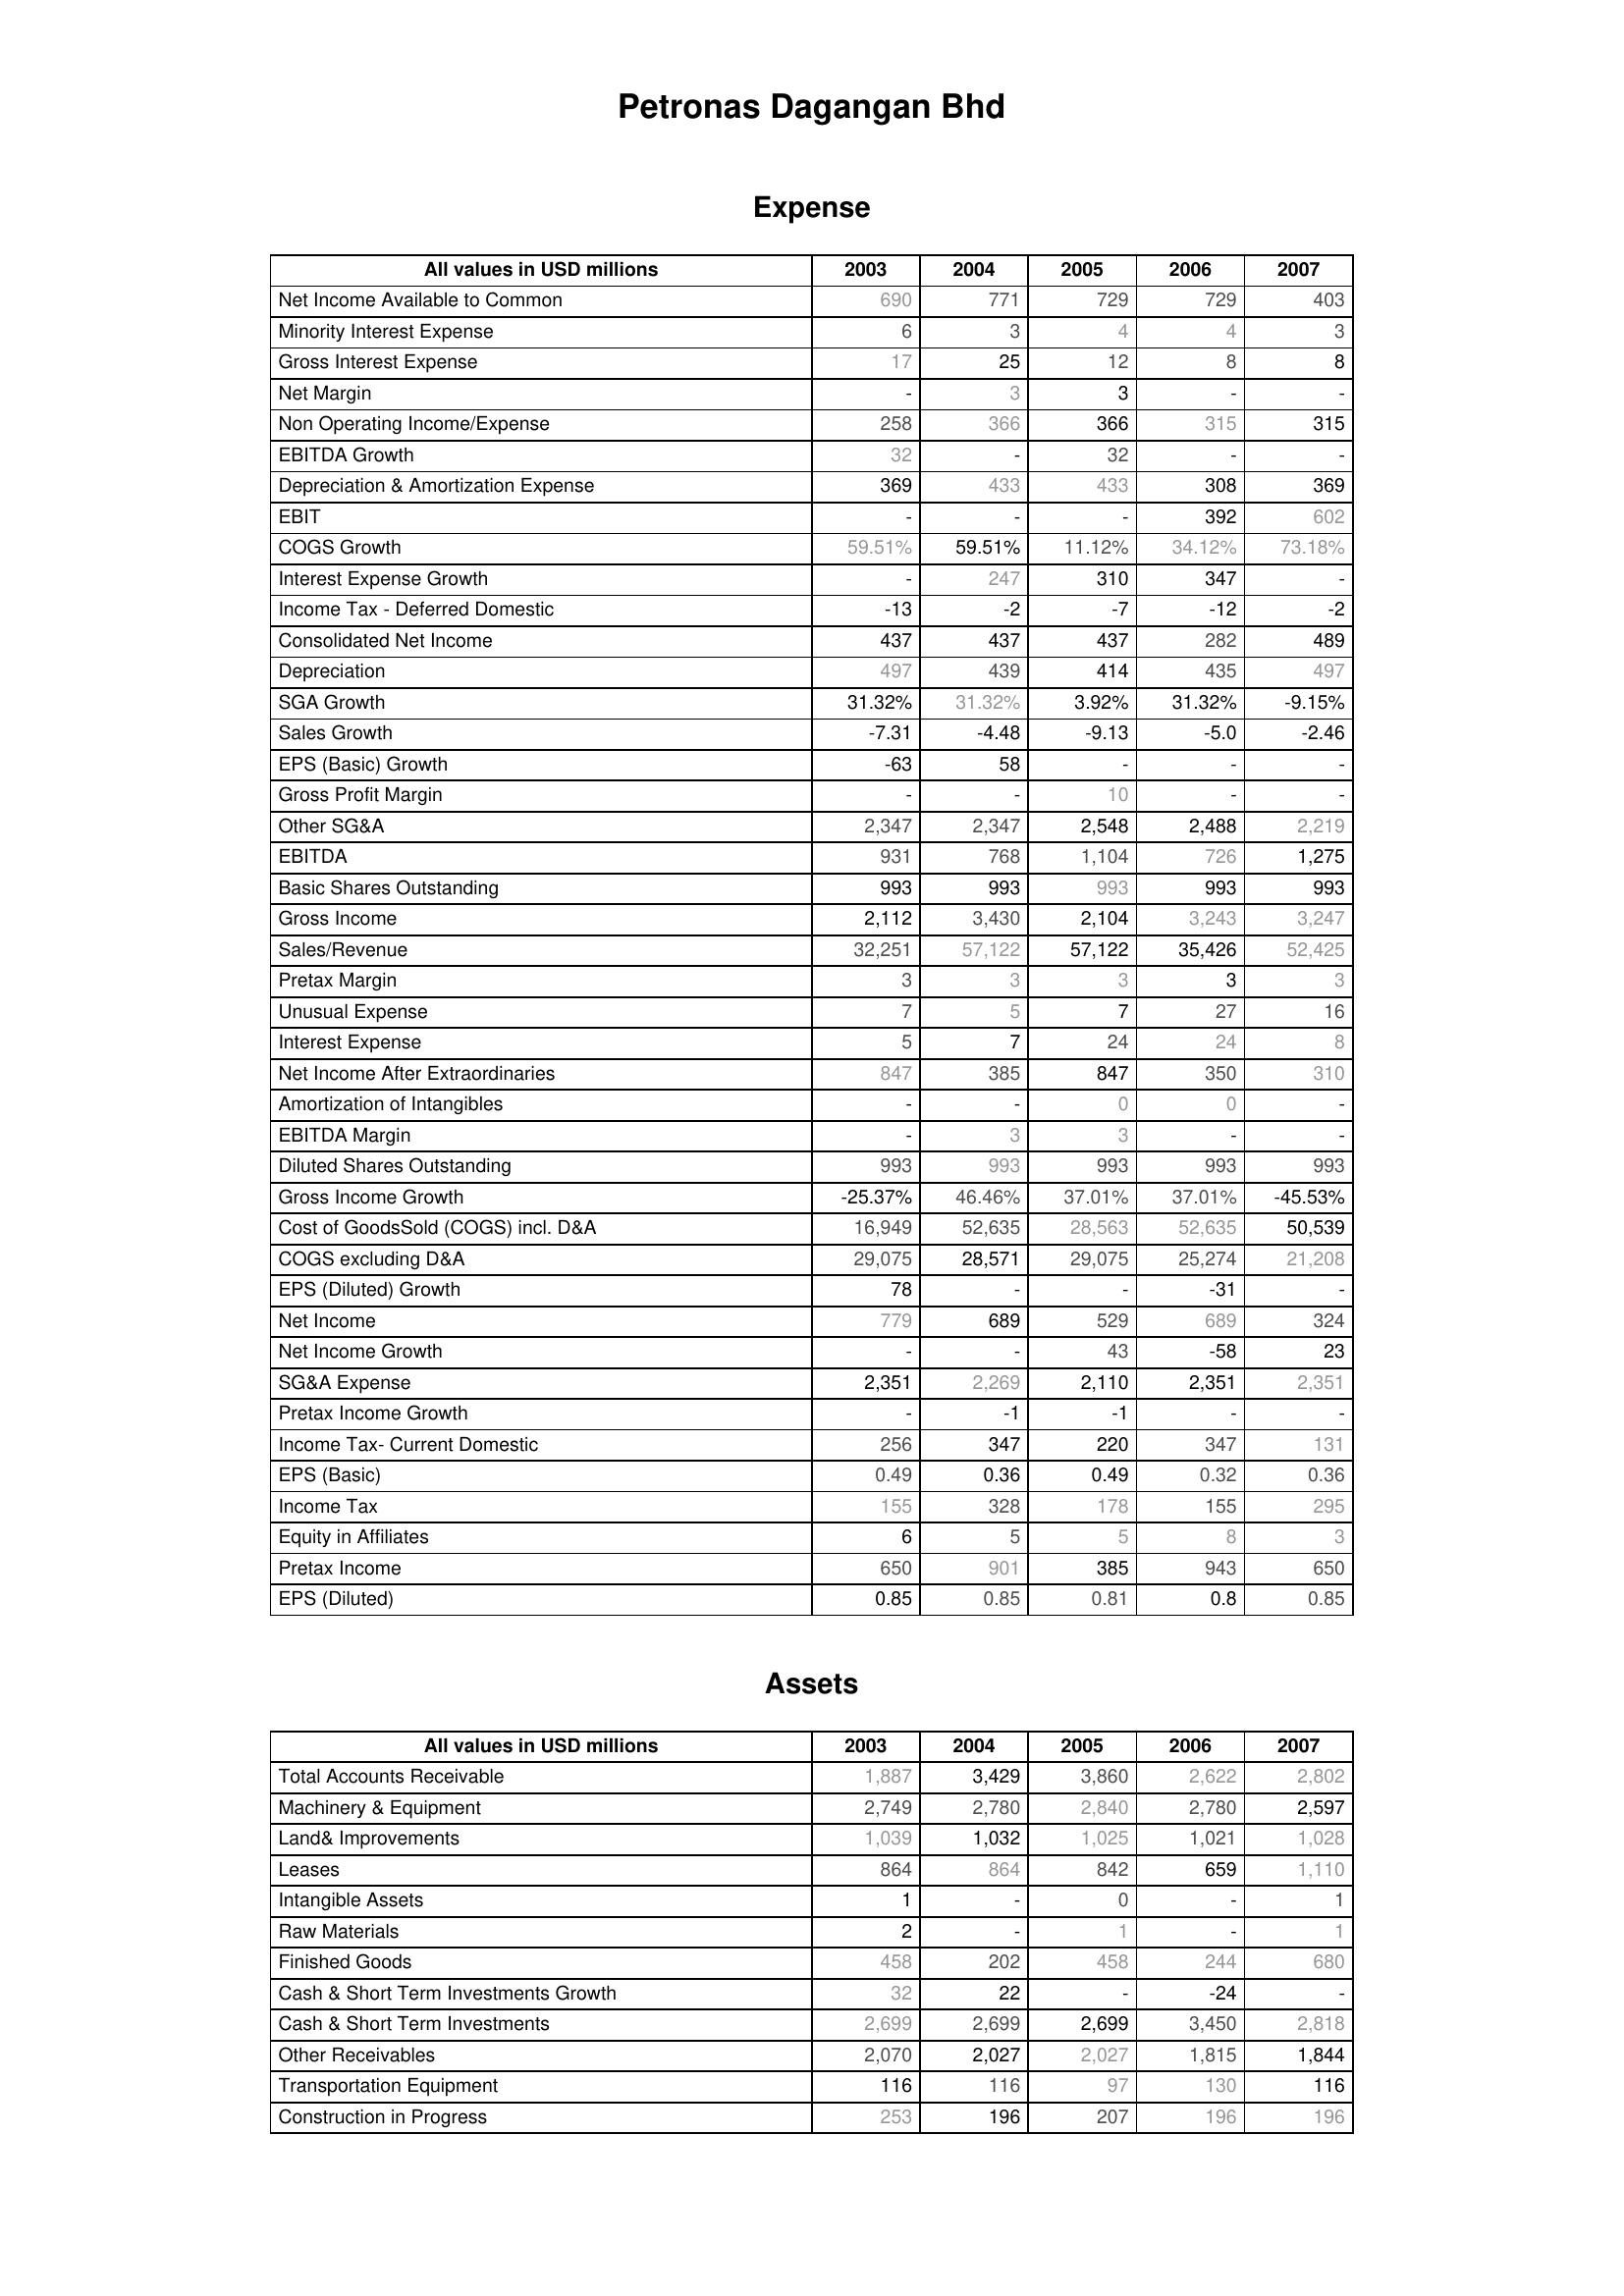
2003: Expense: Net Income Available to Common: 690
Minority Interest Expense: 6
Gross Interest Expense: 17
Net Margin: -
Non Operating Income/Expense: 258
EBITDA Growth: 32
Depreciation & Amortization Expense: 369
EBIT: -
COGS Growth: 59.51%
Interest Expense Growth: -
Income Tax - Deferred Domestic: -13
Consolidated Net Income: 437
Depreciation: 497
SGA Growth: 31.32%
Sales Growth: -7.31
EPS (Basic) Growth: -63
Gross Profit Margin: -
Other SG&A: 2,347
EBITDA: 931
Basic Shares Outstanding: 993
Gross Income: 2,112
Sales/Revenue: 32,251
Pretax Margin: 3
Unusual Expense: 7
Interest Expense: 5
Net Income After Extraordinaries: 847
Amortization of Intangibles: -
EBITDA Margin: -
Diluted Shares Outstanding: 993
Gross Income Growth: -25.37%
Cost of GoodsSold (COGS) incl. D&A: 16,949
COGS excluding D&A: 29,075
EPS (Diluted) Growth: 78
Net Income: 779
Net Income Growth: -
SG&A Expense: 2,351
Pretax Income Growth: -
Income Tax- Current Domestic: 256
EPS (Basic): 0.49
Income Tax: 155
Equity in Affiliates: 6
Pretax Income: 650
EPS (Diluted): 0.85
Assets: Total Accounts Receivable: 1,887
Machinery & Equipment: 2,749
Land& Improvements: 1,039
Leases: 864
Intangible Assets: 1
Raw Materials: 2
Finished Goods: 458
Cash & Short Term Investments Growth: 32
Cash & Short Term Investments: 2,699
Other Receivables: 2,070
Transportation Equipment: 116
Construction in Progress: 253
2004: Expense: Net Income Available to Common: 771
Minority Interest Expense: 3
Gross Interest Expense: 25
Net Margin: 3
Non Operating Income/Expense: 366
EBITDA Growth: -
Depreciation & Amortization Expense: 433
EBIT: -
COGS Growth: 59.51%
Interest Expense Growth: 247
Income Tax - Deferred Domestic: -2
Consolidated Net Income: 437
Depreciation: 439
SGA Growth: 31.32%
Sales Growth: -4.48
EPS (Basic) Growth: 58
Gross Profit Margin: -
Other SG&A: 2,347
EBITDA: 768
Basic Shares Outstanding: 993
Gross Income: 3,430
Sales/Revenue: 57,122
Pretax Margin: 3
Unusual Expense: 5
Interest Expense: 7
Net Income After Extraordinaries: 385
Amortization of Intangibles: -
EBITDA Margin: 3
Diluted Shares Outstanding: 993
Gross Income Growth: 46.46%
Cost of GoodsSold (COGS) incl. D&A: 52,635
COGS excluding D&A: 28,571
EPS (Diluted) Growth: -
Net Income: 689
Net Income Growth: -
SG&A Expense: 2,269
Pretax Income Growth: -1
Income Tax- Current Domestic: 347
EPS (Basic): 0.36
Income Tax: 328
Equity in Affiliates: 5
Pretax Income: 901
EPS (Diluted): 0.85
Assets: Total Accounts Receivable: 3,429
Machinery & Equipment: 2,780
Land& Improvements: 1,032
Leases: 864
Intangible Assets: -
Raw Materials: -
Finished Goods: 202
Cash & Short Term Investments Growth: 22
Cash & Short Term Investments: 2,699
Other Receivables: 2,027
Transportation Equipment: 116
Construction in Progress: 196
2005: Expense: Net Income Available to Common: 729
Minority Interest Expense: 4
Gross Interest Expense: 12
Net Margin: 3
Non Operating Income/Expense: 366
EBITDA Growth: 32
Depreciation & Amortization Expense: 433
EBIT: -
COGS Growth: 11.12%
Interest Expense Growth: 310
Income Tax - Deferred Domestic: -7
Consolidated Net Income: 437
Depreciation: 414
SGA Growth: 3.92%
Sales Growth: -9.13
EPS (Basic) Growth: -
Gross Profit Margin: 10
Other SG&A: 2,548
EBITDA: 1,104
Basic Shares Outstanding: 993
Gross Income: 2,104
Sales/Revenue: 57,122
Pretax Margin: 3
Unusual Expense: 7
Interest Expense: 24
Net Income After Extraordinaries: 847
Amortization of Intangibles: 0
EBITDA Margin: 3
Diluted Shares Outstanding: 993
Gross Income Growth: 37.01%
Cost of GoodsSold (COGS) incl. D&A: 28,563
COGS excluding D&A: 29,075
EPS (Diluted) Growth: -
Net Income: 529
Net Income Growth: 43
SG&A Expense: 2,110
Pretax Income Growth: -1
Income Tax- Current Domestic: 220
EPS (Basic): 0.49
Income Tax: 178
Equity in Affiliates: 5
Pretax Income: 385
EPS (Diluted): 0.81
Assets: Total Accounts Receivable: 3,860
Machinery & Equipment: 2,840
Land& Improvements: 1,025
Leases: 842
Intangible Assets: 0
Raw Materials: 1
Finished Goods: 458
Cash & Short Term Investments Growth: -
Cash & Short Term Investments: 2,699
Other Receivables: 2,027
Transportation Equipment: 97
Construction in Progress: 207
2006: Expense: Net Income Available to Common: 729
Minority Interest Expense: 4
Gross Interest Expense: 8
Net Margin: -
Non Operating Income/Expense: 315
EBITDA Growth: -
Depreciation & Amortization Expense: 308
EBIT: 392
COGS Growth: 34.12%
Interest Expense Growth: 347
Income Tax - Deferred Domestic: -12
Consolidated Net Income: 282
Depreciation: 435
SGA Growth: 31.32%
Sales Growth: -5.0
EPS (Basic) Growth: -
Gross Profit Margin: -
Other SG&A: 2,488
EBITDA: 726
Basic Shares Outstanding: 993
Gross Income: 3,243
Sales/Revenue: 35,426
Pretax Margin: 3
Unusual Expense: 27
Interest Expense: 24
Net Income After Extraordinaries: 350
Amortization of Intangibles: 0
EBITDA Margin: -
Diluted Shares Outstanding: 993
Gross Income Growth: 37.01%
Cost of GoodsSold (COGS) incl. D&A: 52,635
COGS excluding D&A: 25,274
EPS (Diluted) Growth: -31
Net Income: 689
Net Income Growth: -58
SG&A Expense: 2,351
Pretax Income Growth: -
Income Tax- Current Domestic: 347
EPS (Basic): 0.32
Income Tax: 155
Equity in Affiliates: 8
Pretax Income: 943
EPS (Diluted): 0.8
Assets: Total Accounts Receivable: 2,622
Machinery & Equipment: 2,780
Land& Improvements: 1,021
Leases: 659
Intangible Assets: -
Raw Materials: -
Finished Goods: 244
Cash & Short Term Investments Growth: -24
Cash & Short Term Investments: 3,450
Other Receivables: 1,815
Transportation Equipment: 130
Construction in Progress: 196
2007: Expense: Net Income Available to Common: 403
Minority Interest Expense: 3
Gross Interest Expense: 8
Net Margin: -
Non Operating Income/Expense: 315
EBITDA Growth: -
Depreciation & Amortization Expense: 369
EBIT: 602
COGS Growth: 73.18%
Interest Expense Growth: -
Income Tax - Deferred Domestic: -2
Consolidated Net Income: 489
Depreciation: 497
SGA Growth: -9.15%
Sales Growth: -2.46
EPS (Basic) Growth: -
Gross Profit Margin: -
Other SG&A: 2,219
EBITDA: 1,275
Basic Shares Outstanding: 993
Gross Income: 3,247
Sales/Revenue: 52,425
Pretax Margin: 3
Unusual Expense: 16
Interest Expense: 8
Net Income After Extraordinaries: 310
Amortization of Intangibles: -
EBITDA Margin: -
Diluted Shares Outstanding: 993
Gross Income Growth: -45.53%
Cost of GoodsSold (COGS) incl. D&A: 50,539
COGS excluding D&A: 21,208
EPS (Diluted) Growth: -
Net Income: 324
Net Income Growth: 23
SG&A Expense: 2,351
Pretax Income Growth: -
Income Tax- Current Domestic: 131
EPS (Basic): 0.36
Income Tax: 295
Equity in Affiliates: 3
Pretax Income: 650
EPS (Diluted): 0.85
Assets: Total Accounts Receivable: 2,802
Machinery & Equipment: 2,597
Land& Improvements: 1,028
Leases: 1,110
Intangible Assets: 1
Raw Materials: 1
Finished Goods: 680
Cash & Short Term Investments Growth: -
Cash & Short Term Investments: 2,818
Other Receivables: 1,844
Transportation Equipment: 116
Construction in Progress: 196